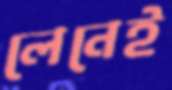
লেনেই